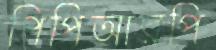
পিপিআরপি